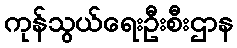
ကုန်သွယ်ရေးဦးစီးဌာန